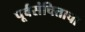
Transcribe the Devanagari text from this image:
पूर्वसंचिताचा